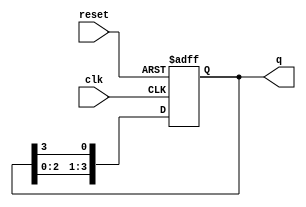
module binary_ring_counter (
    input wire clk,          // Clock input
    input wire reset,        // Reset input
    output reg [N-1:0] q     // Output state of the counter
);
    parameter N = 4;         // Number of flip-flops (change as needed)

    always @(posedge clk or posedge reset) begin
        if (reset) begin
            q <= 1;         // Initialize the counter with '0001'
        end else begin
            q <= {q[N-2:0], q[N-1]}; // Shift left and wrap around
        end
    end
endmodule